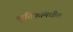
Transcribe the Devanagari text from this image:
श्रुतिकांमधील